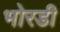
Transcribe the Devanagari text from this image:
भोरडी